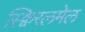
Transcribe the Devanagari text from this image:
स्क्विरलमेल